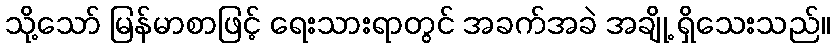
သို့သော် မြန်မာစာဖြင့် ရေးသားရာတွင် အခက်အခဲ အချို့ ရှိသေးသည်။